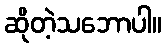
ဆိုတဲ့သဘောပါ။